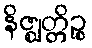
နိဇ္ဈတ္တိဉ္စ